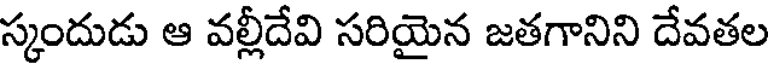
స్కందుడు ఆ వల్లీదేవి సరియైన జతగానిని దేవతల